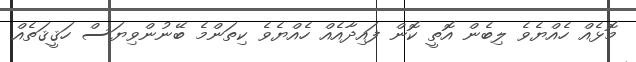
މޮޅެއް ހެއްޔެވެ ލިބެން އޮތީ ކޮން ފައިދާއެއް ހެއްޔެވެ ކިތަންމެ ބޭނުންވިޔަސް ހަޤީޤަތެއް